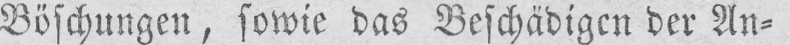
Böschungen, sowie das Beschädigen der An⸗